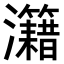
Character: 𤅔